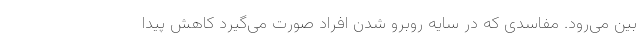
بین می‌رود. مفاسدی که در سایه روبرو شدن افراد صورت می‌گیرد کاهش پیدا